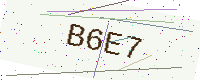
Text: B6E7